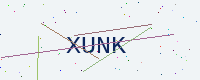
Text: XUNK